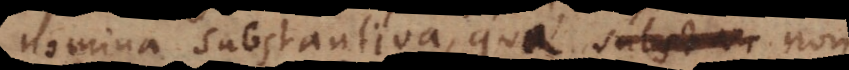
nomina substantiva, quae non